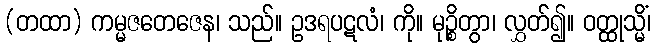
(တထာ) ကမ္မဇတေဇေန၊ သည်။ ဥဒရပဋလံ၊ ကို။ မုဉ္စိတွာ၊ လွှတ်၍။ ဝတ္ထုသ္မိံ၊